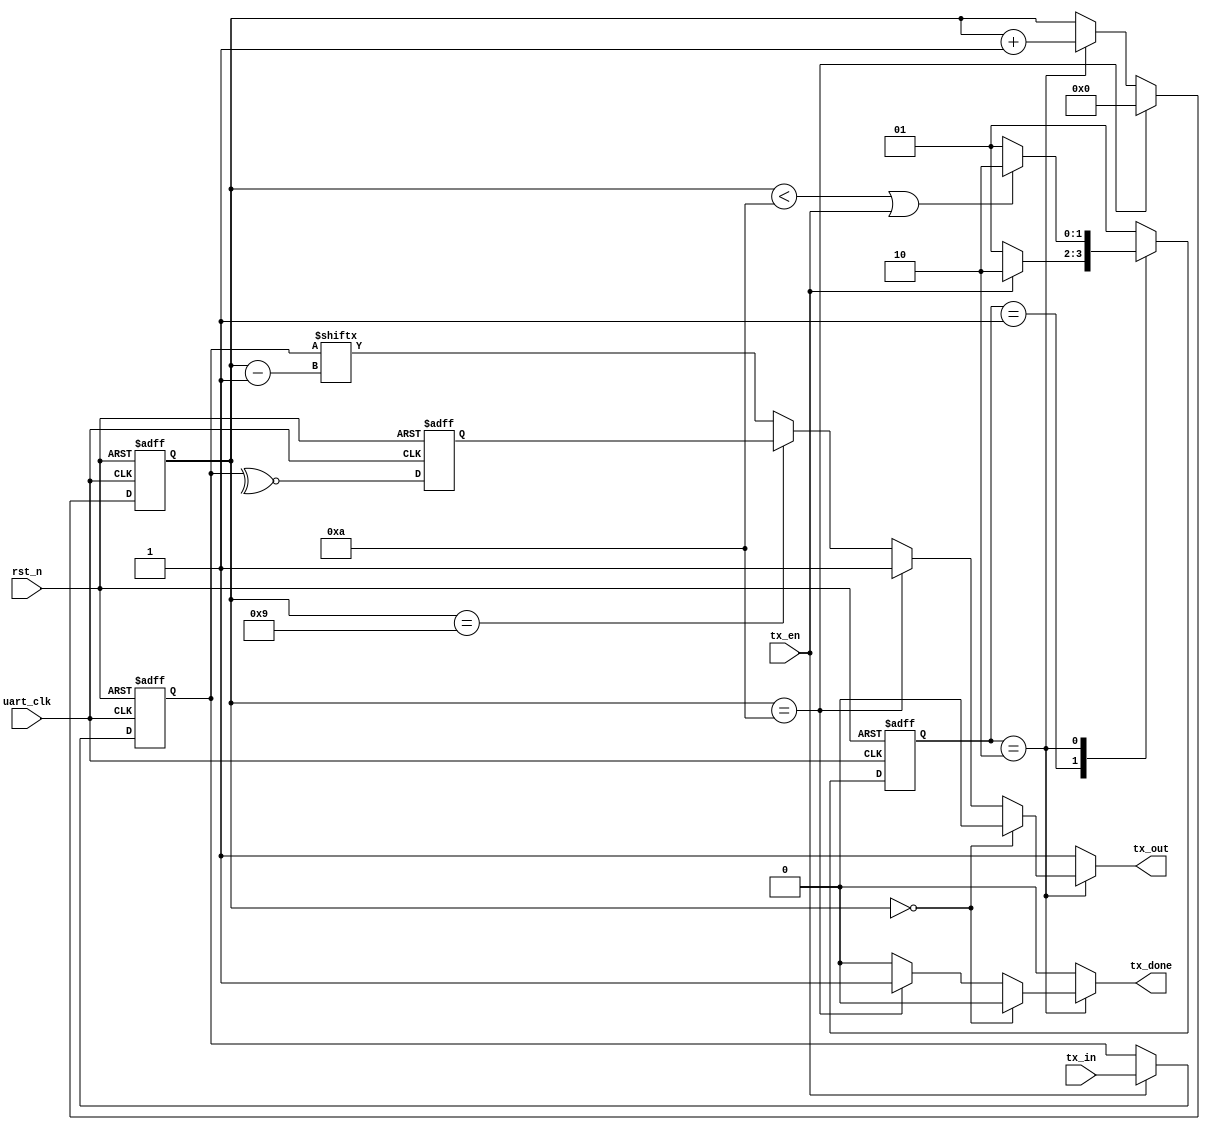
// *****************************************************************************
// 
// Module Name: UART_TX
//      1. A simple implementation of UART Transmitter
//
// *****************************************************************************

module UART_TX
#(
    parameter   DATA_WIDTH          = 'd8               // Transmission Data Width
)
(
    input                           uart_clk,           // 115200Hz Clock Signal  
    input                           rst_n,              // Reset Negative  
    input                           tx_en,              // Transmission Enable
    input   [DATA_WIDTH-1:0]        tx_in,              // Transmission Data
    output  reg                     tx_out,             // Data Out
    output  reg                     tx_done             // Transmission Done
);

    localparam  [1:0]   IDLE            =   2'b01;
    localparam  [1:0]   SEND            =   2'b10;

    reg     [DATA_WIDTH-1:0]        tx_in_reg;
    reg     [1:0]                   current_state;
    reg     [3:0]                   bit_counter;
    reg                             parity_bit;

    // tx_in_reg behavior
    always @ (posedge uart_clk or negedge rst_n) begin
        if (!rst_n)
            tx_in_reg   <=  0;
        else if (tx_en)
            tx_in_reg   <=  tx_in;
        else
            tx_in_reg   <=  tx_in_reg;
    end

    // current_state behavior
    always @ (posedge uart_clk or negedge rst_n) begin
        if (!rst_n)
            current_state   <=  IDLE;
        else begin
            case (current_state)
                IDLE:
                    begin
                        if (tx_en == 1)
                            current_state   <=  SEND;
                        else
                            current_state   <=  IDLE;
                    end
                SEND:
                    begin
                        if ((bit_counter < 10) || (tx_en == 1))
                            current_state   <=  SEND;
                        else
                            current_state   <=  IDLE;
                    end
                default:    current_state   <=  IDLE;
            endcase
        end
    end

    // bit_counter behavior
    always @ (posedge uart_clk or negedge rst_n) begin
        if (!rst_n)
            bit_counter     <=  4'b0;
        else if (bit_counter == 10)
            bit_counter     <=  4'b0;
        else begin
            if (current_state == SEND)
                bit_counter <=  bit_counter + 1'b1;
            else
                bit_counter <=  bit_counter;
        end
    end

    // parity_bit behavior
    always @ (posedge uart_clk or negedge rst_n) begin
        if (!rst_n)
            parity_bit  <=  0;
        else
            parity_bit  <=  ~^tx_in_reg;
    end

    // FSM Combinational Logic Behavior
    always @ (*) begin
        case (current_state)
            IDLE:
                begin
                    tx_out  <=  1'b1;
                    tx_done <=  1'b0;
                end
            SEND:
                begin
                    if (bit_counter == 0) begin
                        tx_out  <=  1'b0;
                        tx_done <=  1'b0;
                    end
                    else if (bit_counter == 10) begin
                        tx_out  <=  1'b1;
                        tx_done <=  1'b1;
                    end
                    else if (bit_counter == 9) begin
                        tx_out  <=  parity_bit;
                        tx_done <=  1'b0;
                    end
                    else begin
                        tx_out  <=  tx_in_reg[bit_counter-1];
                        tx_done <=  1'b0;
                    end
                end
            default:
                begin
                    tx_out  <=  1'b1;
                    tx_done <=  1'b0;
                end
        endcase
    end

endmodule